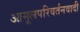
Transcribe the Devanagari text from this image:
आमूलपरिवर्तनवादी